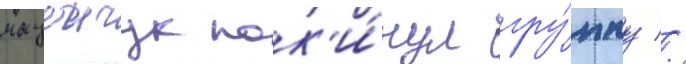
мацеичук пок'и́нул гру́ппу //